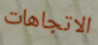
الاتجاهات